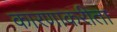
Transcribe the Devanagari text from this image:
कारणाकरीता